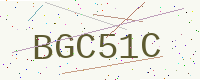
Text: BGC51C